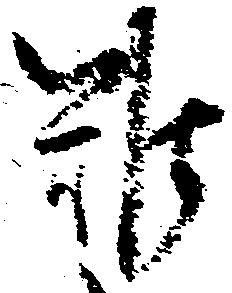
難